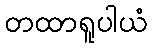
တထာရူပါယံ